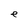
Character: e